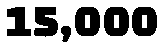
15,000